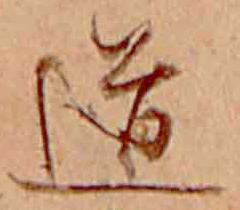
道